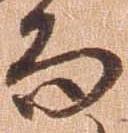
而